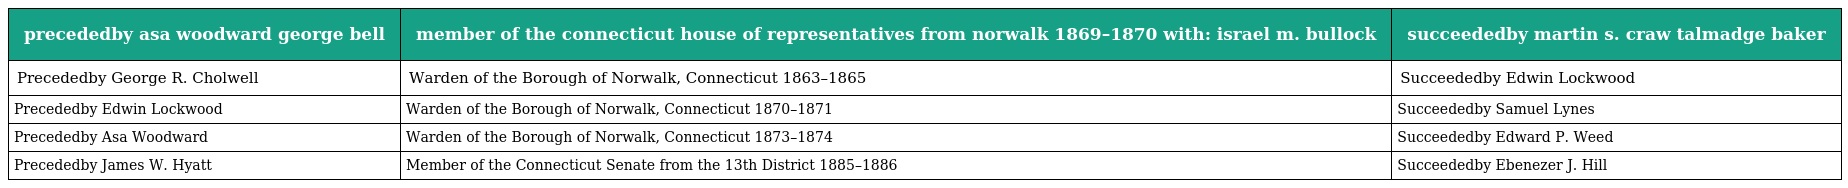
| precededby asa woodward george bell | member of the connecticut house of representatives from norwalk 1869–1870 with: israel m. bullock | succeededby martin s. craw talmadge baker |
 | --- | --- | --- |
 | Precededby George R. Cholwell | Warden of the Borough of Norwalk, Connecticut 1863–1865 | Succeededby Edwin Lockwood |
 | Precededby Edwin Lockwood | Warden of the Borough of Norwalk, Connecticut 1870–1871 | Succeededby Samuel Lynes |
 | Precededby Asa Woodward | Warden of the Borough of Norwalk, Connecticut 1873–1874 | Succeededby Edward P. Weed |
 | Precededby James W. Hyatt | Member of the Connecticut Senate from the 13th District 1885–1886 | Succeededby Ebenezer J. Hill |